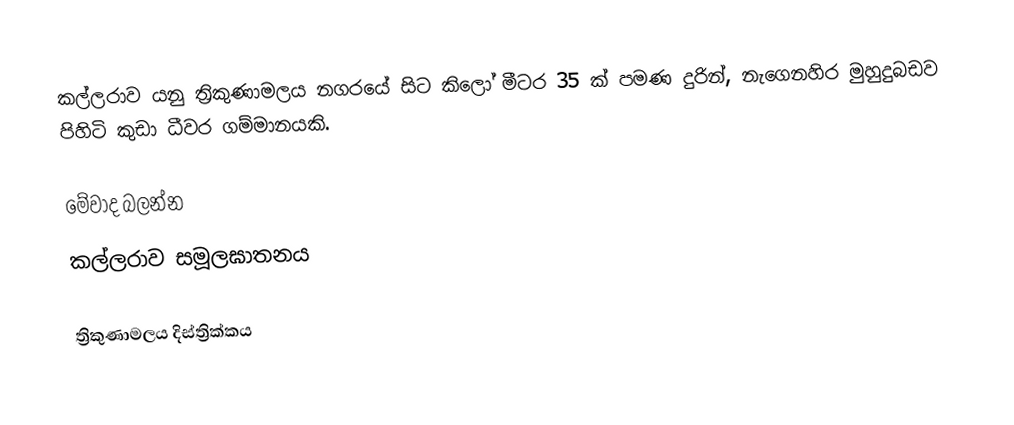
කල්ලරාව යනු ත්‍රිකුණාමලය නගරයේ සිට කිලෝ මීටර 35 ක් පමණ දුරින්, නැගෙනහිර මුහුදුබඩව පිහිටි කුඩා ධීවර ගම්මානයකි.

මේවාද බලන්න
 කල්ලරාව සමූලඝාතනය

ත්‍රිකුණාමලය දිස්ත්‍රික්කය